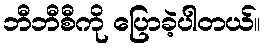
ဘီဘီစီကို ပြောခဲ့ပါတယ်။